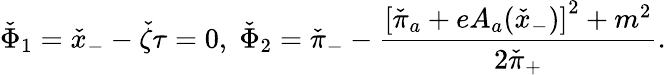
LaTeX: \check{\Phi}_{1}=\check{x}_{-}-\check{\zeta}\tau=0,\; \check{\Phi}_{2}=\check{\pi}_{-}-\frac{\left[\check{\pi}_{a}+eA_{a}(\check{x}_{-})\right]^{2}+m^{2}}{2\check{\pi}_{+}}.